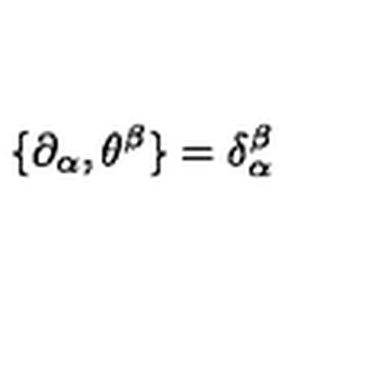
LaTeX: \{ \partial _ { \alpha } , \theta ^ { \beta } \} = \delta _ { \alpha } ^ { \beta }